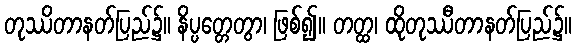
တုဿိတာနတ်ပြည်၌။ နိပ္ပတ္တေတွာ၊ ဖြစ်၍။ တတ္ထ၊ ထိုတုဿီတာနတ်ပြည်၌။